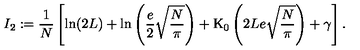
I _ { 2 } : = \frac { 1 } { N } \left[ \ln ( 2 L ) + \ln \left( \frac { e } { 2 } \sqrt { \frac { N } { \pi } } \right) + \mathrm { K } _ { 0 } \left( 2 L e \sqrt { \frac { N } { \pi } } \right) + \gamma \right] .